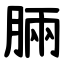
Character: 脼